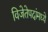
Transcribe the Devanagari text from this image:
विजेतेपदांमध्ये